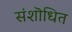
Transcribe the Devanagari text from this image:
संशॊधित